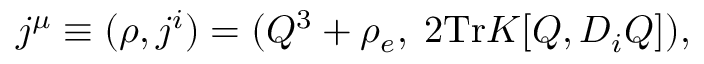
j ^ { \mu } \equiv ( \rho , j ^ { i } ) = ( Q ^ { 3 } + \rho _ { e } , \; 2 \mathrm { T r } K [ Q , D _ { i } Q ] ) ,